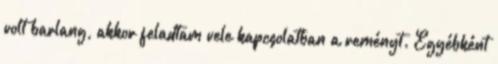
volt barlang, akkor feladtam vele kapcsolatban a reményt. Egyébként